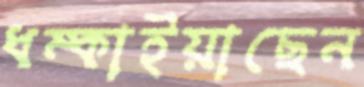
ধম্‌কাইয়াছেন